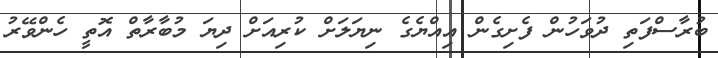
ބުރާސްފަތި ދުވަހުން ފެށިގެން އިއްޔެގެ ނިޔަލަށް ކުރިއަށް ދިޔަ މުބާރާތް އޮތީ ހެންވޭރު